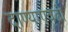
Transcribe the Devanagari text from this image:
दाण्याएवढी